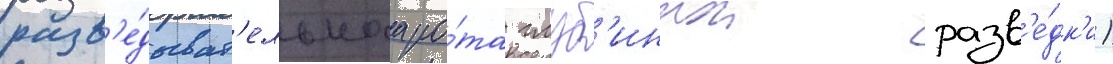
разв'е́дыват'ельнаа ро́та глуб'иннои разв'е́дк'и)